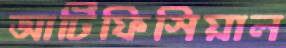
আর্টিফিসিয়াল